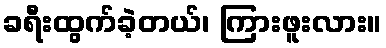
ခရီးထွက်ခဲ့တယ်၊ ကြားဖူးလား။